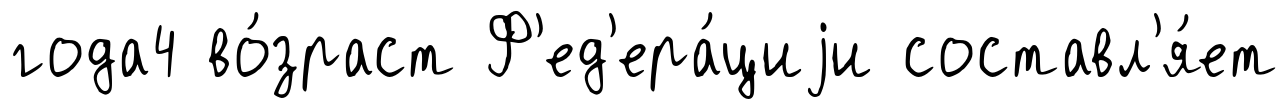
года4 во́зраст Ф'ед'ера́циjи составл'я́ет